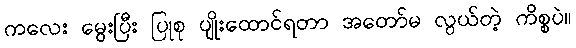
ကလေး မွေးပြီး ပြုစု ပျိုးထောင်ရတာ အတော်မ လွယ်တဲ့ ကိစ္စပဲ။